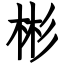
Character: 彬